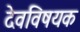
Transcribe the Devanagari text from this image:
देवविषयक